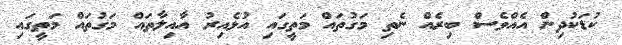
ކުޑަކުދިން އެއްވެސް ބިރެއް ނެތި މަގުތައް މަތީގައި އުޅެއިރު އާއިލާތައް މަގުތައް މަތީގައި